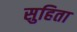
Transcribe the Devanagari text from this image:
सुहिता